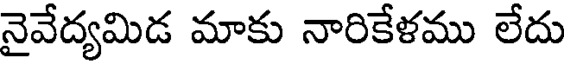
నైవేద్యమిడ మాకు నారికేళము లేదు